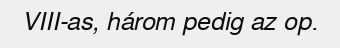
VIII-as, három pedig az op.